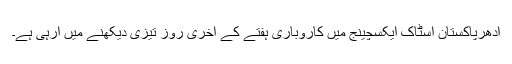
ادھرپاکستان اسٹاک ایکسچینج میں کاروباری ہفتے کے آخری روز تیزی دیکھنے میں آرہی ہے۔